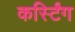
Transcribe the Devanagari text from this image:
कर्स्टिंग